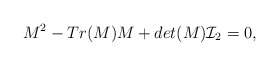
\begin{align*}M^2 - Tr(M) M + det(M){\cal I}_2=0,\end{align*}